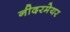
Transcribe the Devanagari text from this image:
नीदरमेयर